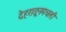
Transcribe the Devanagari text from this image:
देहराडूनमधली